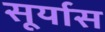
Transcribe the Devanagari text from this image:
सूर्यास